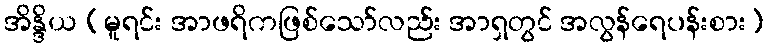
အိန္ဒိယ (မူရင်း အာဖရိကဖြစ်သော်လည်း အာရှတွင် အလွန်ရေပန်းစား)